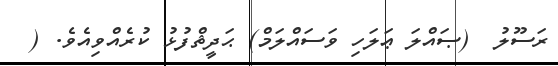
ރަސޫލު  (ޞައްލަ ޢަލަހި ވަސައްލަމް) ޙަދީޘްފުޅު ކުރެއްވިއެވެ. (